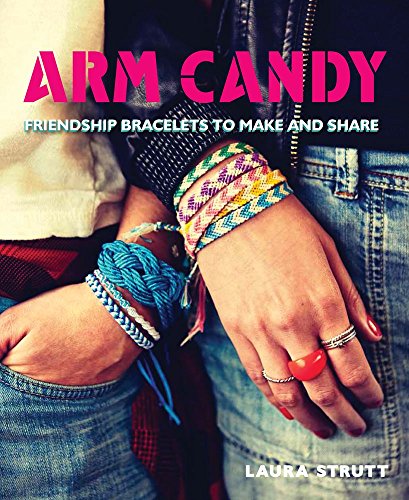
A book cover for Arm Candy: Friendship Bracelets to Make and Share; Laura Strutt; Crafts, Hobbies & Home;